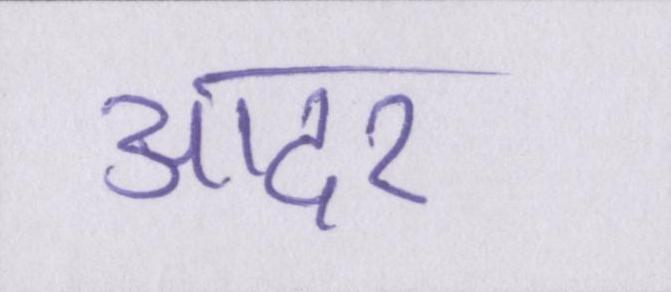
आदर